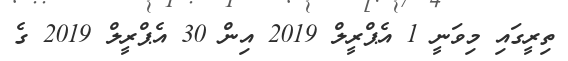
ތިރީގައި މިވަނީ 1 އެޕްރީލް 2019 އިން 30 އެޕްރީލް 2019 ގެ